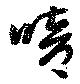
喑